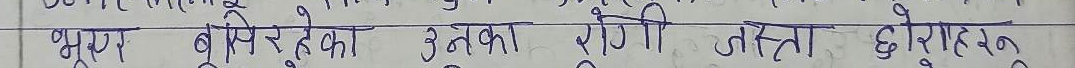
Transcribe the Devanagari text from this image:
भूरा बूरे का उनका रोगी जस्तै घोराहरु